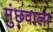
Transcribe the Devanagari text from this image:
मुंछवाला